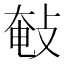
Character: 㪑